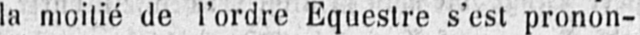
la moitié de l’ordre Equestre s’est pronon-